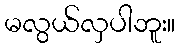
မလွယ်လှပါဘူး။